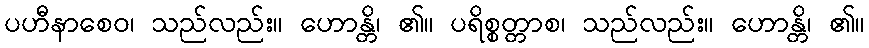
ပဟီနာစေဝ၊ သည်လည်း။ ဟောန္တိ၊ ၏။ ပရိစ္စတ္တာစ၊ သည်လည်း။ ဟောန္တိ၊ ၏။